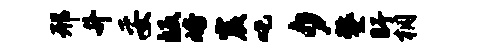
邢升妥皈峪震吒夕鏊盱桐